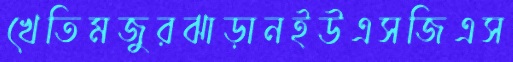
খেতিমজুরঝাড়ানইউএসজিএস